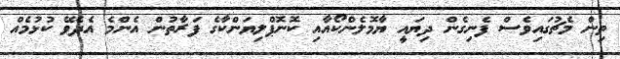
ތިން މެޗުގައިވެސް ފެނިގެން ދިޔައީ ޔާމޮލެންކޯއާއި ކޮނޮޕްލިޔަންކާގެ ފަރާތުން އެންމެ އެދެވޭ ކުޅުމެއް